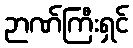
ဉာဏ်ကြီးရှင်